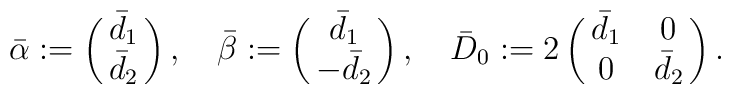
\bar \alpha:=\left(\matrix{\bar d_1\cr \bar d_2\cr}\right),\quad\bar\beta:=\left(\matrix{\bar d_1\cr-\bar d_2\cr}\right),\quad\bar D_0:=2\left(\matrix{\bar d_1&0\cr 0&\bar d_2\cr}\right).